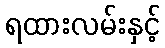
ရထားလမ်းနှင့်